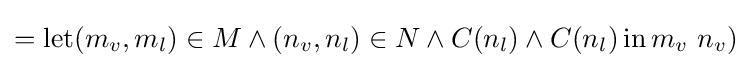
=\operatorname {let} (m_{v},m_{l})\in M\land (n_{v},n_{l})\in N\land C(n_{l})\land C(n_{l})\operatorname {in} m_{v}\ n_{v})